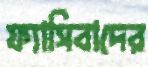
ফ্যাসিবাদের